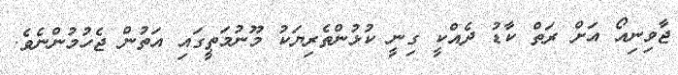
ޖާވިނިއޯ އަށް ރަތް ކާޑު ދެއްކީ ގިނީ ކުޅުންތެރިޔަކު މޫނުމަތީގައި އަތުން ޖެހުމުންނެވެ.